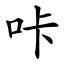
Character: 咔